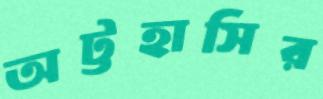
অট্টহাসির